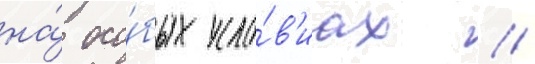
на́ осо́бых усло́в'иах //